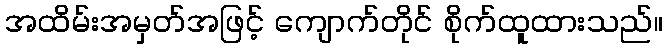
အထိမ်းအမှတ်အဖြင့် ကျောက်တိုင် စိုက်ထူထားသည်။